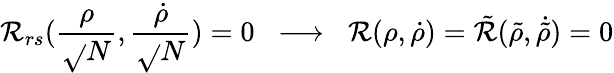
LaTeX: \mathcal{R}_{rs}(\frac{{\rho}}{{\sqrt{}{N}}},\frac{{\dot{{\rho}}}}{{\sqrt{}{N}}})=0\; \; \longrightarrow\; \; \mathcal{R}(\rho,\dot{{\rho}})=\tilde{{\mathcal{R}}}(\tilde{{\rho}},\dot{{\tilde{{\rho}}}})=0